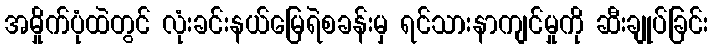
အမှိုက်ပုံထဲတွင် လုံးခင်းနယ်မြေရဲစခန်းမှ ရင်သားနာကျင်မှုကို ဆီးချုပ်ခြင်း